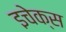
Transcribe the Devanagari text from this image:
इचेक्स